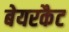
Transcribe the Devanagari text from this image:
बेयरकैट